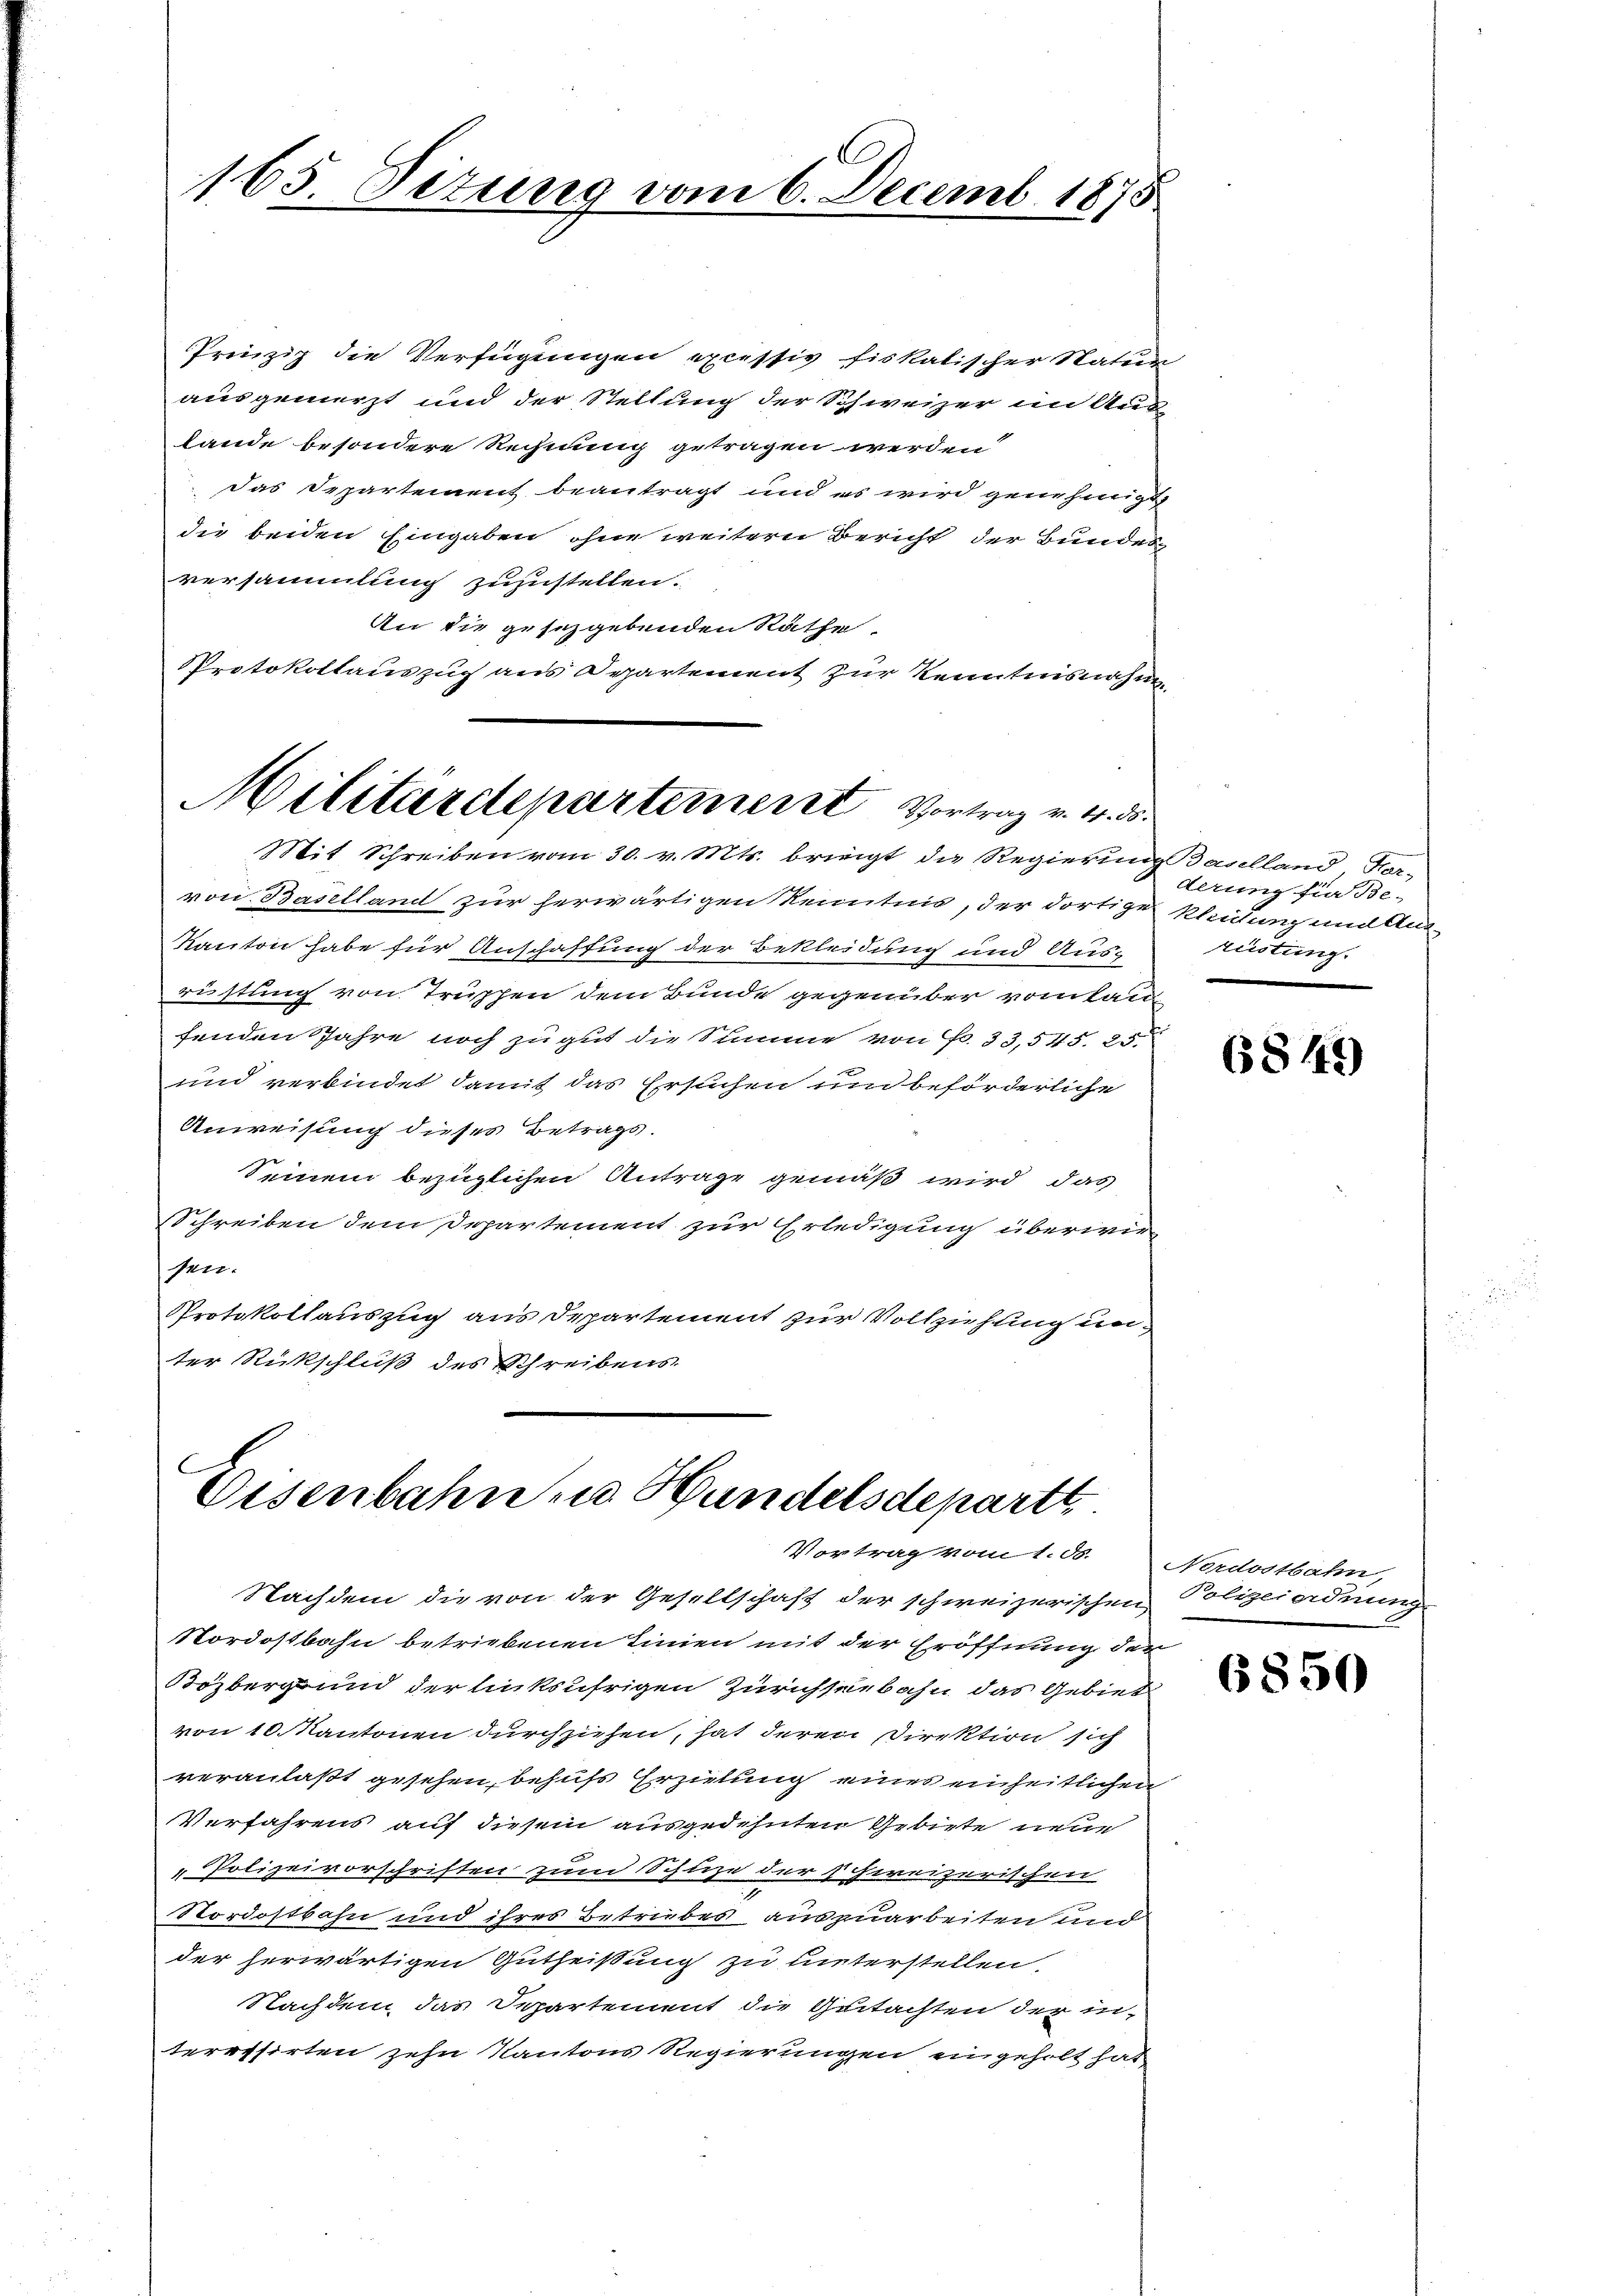
Prinzip die Verfügungen excessiv fiskalischer Statun
ausgemerzt und der Stellung der Schweizer im Aug
lande besondere Rechnung getragen werden.
Das Departement beantragt und es wird genehmigt
die beiden Eingaben ohne weitern Bericht der Bundes
versammlung zuzustellen.
An die gesetzgebenden Räthe.
Protokollauszug aus Departement zur Kenntnisnahm

165. Setung vom 6. Decemb. 1875

Militärdepartement Vortrag v. 4. ds.

Mit Schreiben vom 30. v. Mts. briegt die Regierung daselland, Kor-
von Baselland zur herwärtigen Kenntnis, der dortige Kleidung und Aus-
Kanton habe für Anschaffung der Bekleidung und Aus-
rüstung von Truppen dem Bunde gegenüber vom lau
fenden Jahre noch zu gut die Summe von Fr. 33,545. 25.
und verbindet damit das Ersuchen und beförderliche
Anweisung dieses Betrags.
Seinem bezüglichen Antrage gemäß wird das
Schreiben dem Departement zur Erledigung überwir-
sen.
Protokollauszug aus Departement zur Vollziehung unter Rückschluß des Schreibens

Eisenbahn zu Handelsdepartt
Vortrag vom 1. ds.

Nachdem die von der Gesellschaft der schweizerischen Polizeiordnung
Nordostbahn betriebenen Linien mit der Eröffnung der
Bözberg und der linksufrigen Zürichseebahn das Gebiet
von 10. Kantonen durchziehen, hat deren Direktion sich
veranlaßt gesehen, behufs Erzielung eines einheitlichen
Verfahrens auf diesem ausgedehnten Gebiete neue
"Polizeivorschriften zum Schuze der schweizerischen
Nordostbahn und ihres Betriebes auszuarbeiten und
der herwärtigen Gutheißung zu hinterstellen.
Nachdem das Departement die Gutachten der in-
teressirten zehn Kantons Regierungen eingeholt hat

derung für Be-
Rüstung.

6849

Nordostbahn,

6850